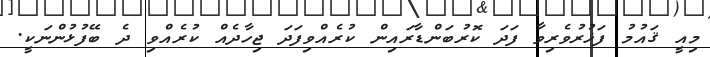
މިއީ ޤައުމު ފަޚުރުވެރިވާ ފަދަ ކޮރުބަންޑާރައިން ކުރެއްވިފަދަ ޖިހާދެއް ކުރެއްވި ދެ ބޭފުޅުންނަކީ.